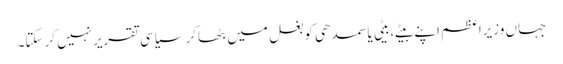
جہاں وزیراعظم اپنے بیٹے،بیٹی یا سمدھی کوبغل میں بٹھاکر سیاسی تقریرنہیں کرسکتا۔